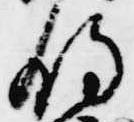
明